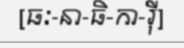
[ធៈ-នា-ធិ-កា-រ៉ី]